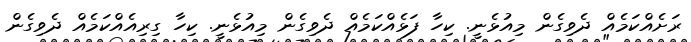
ރަށެއްކަމެއް ދެވިގެން މިއުޅެނީ. ކިހާ ފަޅެއްކަމެއް ދެވިގެން މިއުޅެނީ. ކިހާ ގިރިއެއްކަމެއް ދެވިގެން